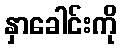
နှာခေါင်းကို